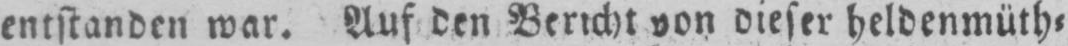
entstanden war. Auf den Bericht von dieser heldenmüth⸗